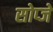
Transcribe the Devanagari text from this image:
सोप्जे